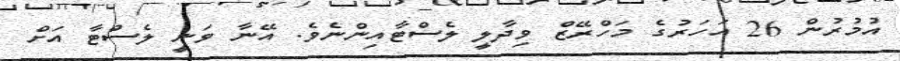
އުމުރުން 26 އަހަރުގެ މަހްރޭޒް ވިދާލީ ލެސްޓާއިންނެވެ. އޭނާ ވަނީ ލެސްޓާ އަށް